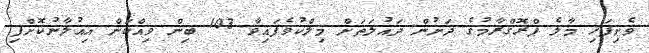
ވެށިފަހި މާލެ ޕްރޮގްރާމުގެ ދަށުން ދައުލަތަށް މިލްކުވެފައިވާ 103 ބިން ވިއްކަން އިއުލާނުކޮށްފި